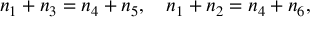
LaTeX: n _ { 1 } + n _ { 3 } = n _ { 4 } + n _ { 5 } , ~ ~ ~ n _ { 1 } + n _ { 2 } = n _ { 4 } + n _ { 6 } ,